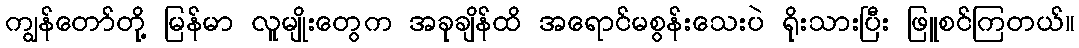
ကျွန်တော်တို့ မြန်မာ လူမျိုးတွေက အခုချိန်ထိ အရောင်မစွန်းသေးပဲ ရိုးသားပြီး ဖြူစင်ကြတယ်။